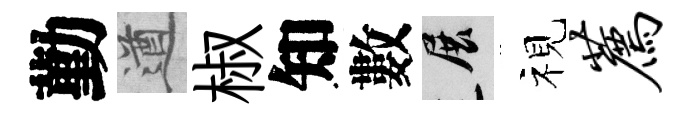
勤遒椒知數展视荐